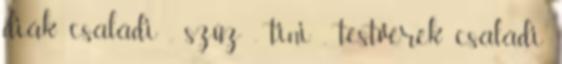
diák családi , szűz , tini , testvérek családi